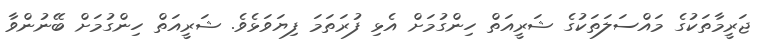
ޖަރީމާތަކުގެ މައްސަލަތަކުގެ ޝަރީއަތް ހިންގުމަށް އެޅި ފުރަތަމަ ފިޔަވަޅެވެ. ޝަރީއަތް ހިންގުމަށް ބޭނުންވާ